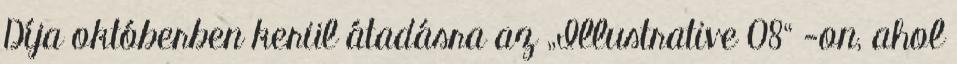
Díja októberben kerül átadásra az „Illustrative 08“ -on, ahol